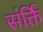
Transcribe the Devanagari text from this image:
संर्क्ति